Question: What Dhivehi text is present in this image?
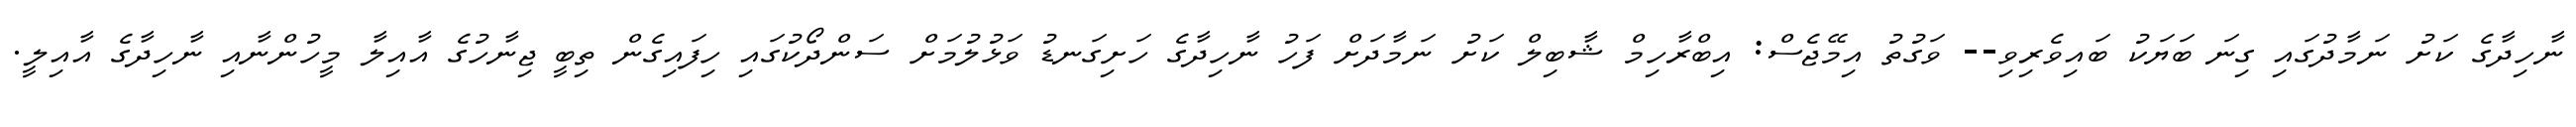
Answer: ނާހިދާގެ ކަށު ނަމާދުގައި ގިނަ ބަޔަކު ބައިވެރިވި-- ވަގުތު އިމޭޖެސް: އިބްރާހިމް ޝާބިލް ކަށު ނަމާދަށް ފަހު ނާހިދާގެ ހަށިގަނޑު ވަޅުލުމަށް ސަންދޯކުގައި ހިފައިގެން ތިބީ ޖިނާހުގެ އާއިލާ މީހުންނާއި ނާހިދާގެ އާއިލީ.